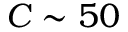
C \sim 5 0